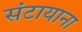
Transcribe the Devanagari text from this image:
संटायाना